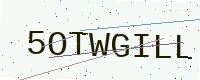
Text: 5OTWGILL